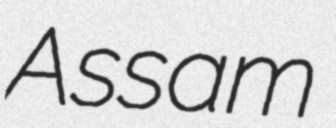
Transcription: Assam